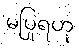
မပြုရဟု